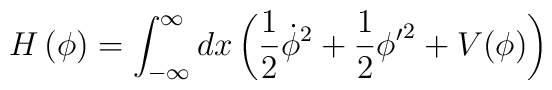
H\left(\phi\right)=\int_{-\infty}^{\infty}dx\left(\frac{1}{2}\dot{\phi}^2+\frac{1}{2}{\phi'}^2+V(\phi)\right)